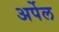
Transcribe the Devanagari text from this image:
अर्पेल